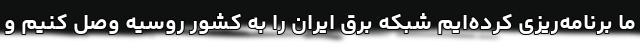
ما برنامه‌ریزی کرده‌ایم شبکه برق ایران را به کشور روسیه وصل کنیم و